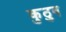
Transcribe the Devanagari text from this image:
कुठुन